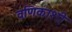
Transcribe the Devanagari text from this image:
वणिकाशी